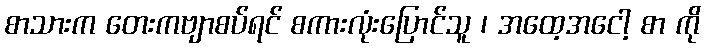
စာသားက တေးကဗျာစပ်ရင် စကားလုံးပြောင်သူ ၊ အထေ့အငေါ့ စာ ကို